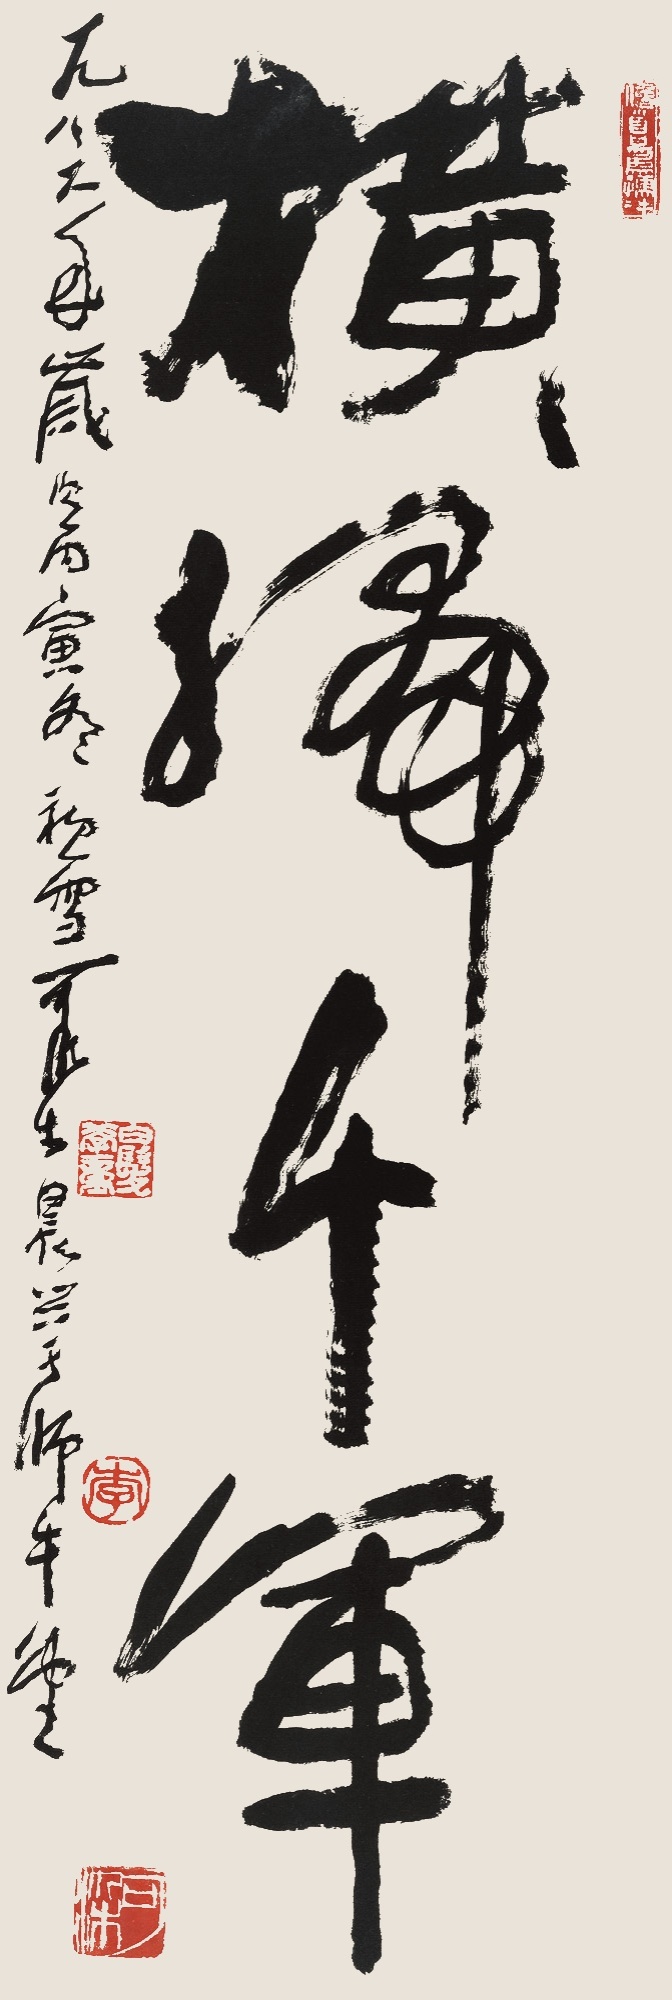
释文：横扫千军一九八六年岁次丙寅，冬初雪，可染晨兴于师牛堂。